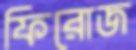
ফিরোজ